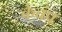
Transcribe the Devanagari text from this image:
केचंप